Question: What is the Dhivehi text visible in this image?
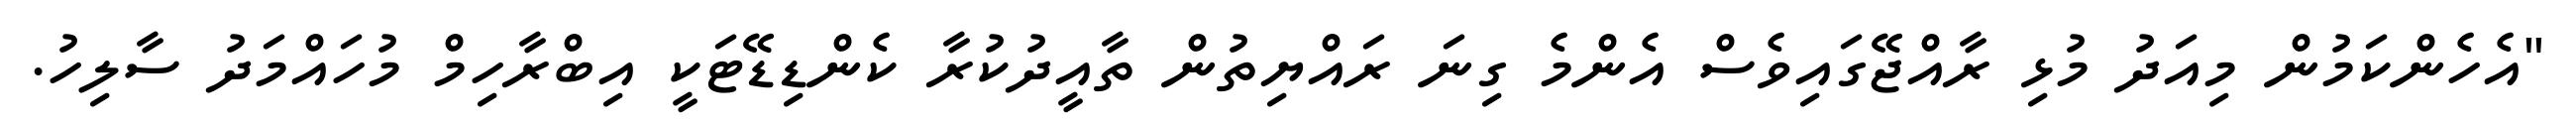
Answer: "އެހެންކަމުން މިއަދު މުޅި ރާއްޖޭގައިވެސް އެންމެ ގިނަ ރައްޔިތުން ތާއީދުކުރާ ކެންޑިޑޭޓަކީ އިބްރާހިމް މުހައްމަދު ސާލިހު.